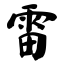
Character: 雷